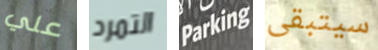
علي التمرد Parking سيتبقى